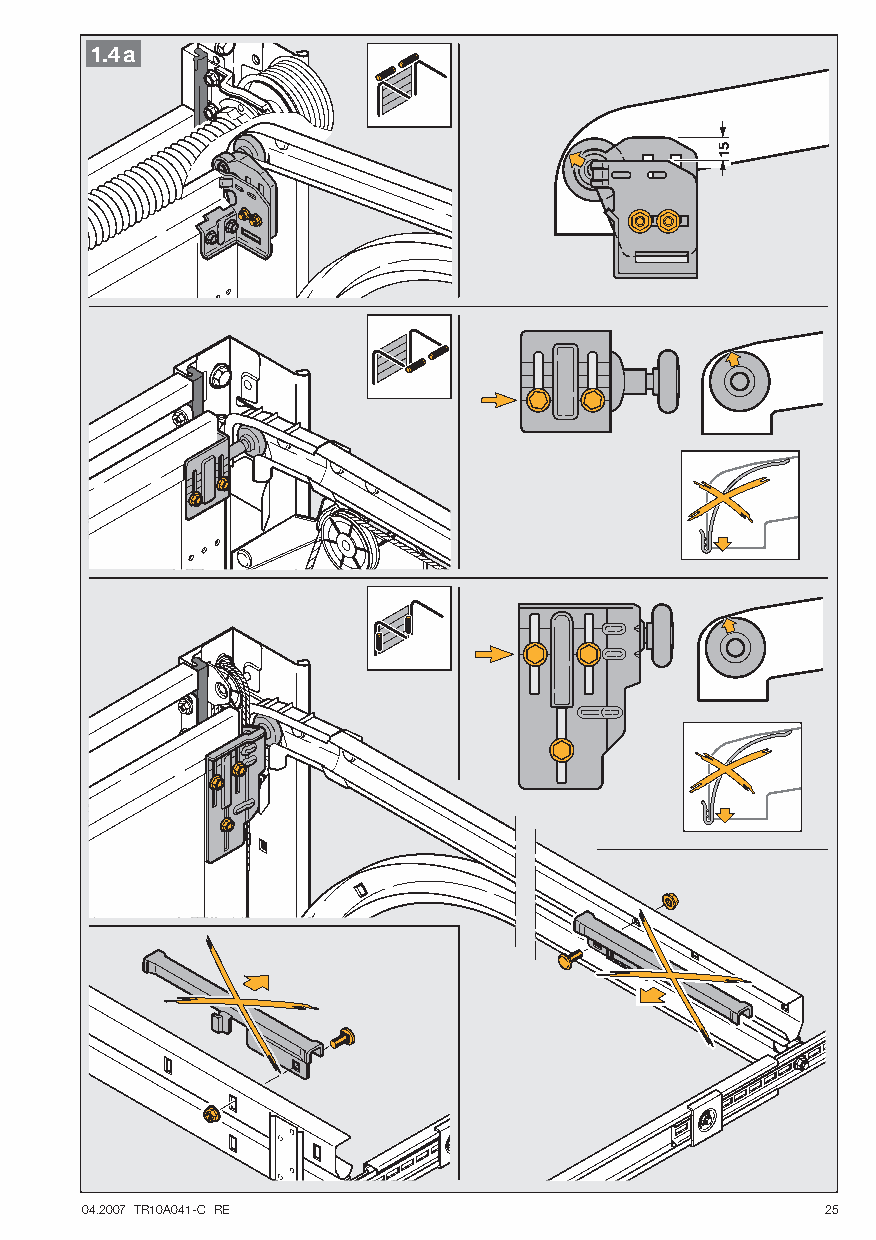
1.4a
 04.2007 TR10A041-C RE                             25
 51